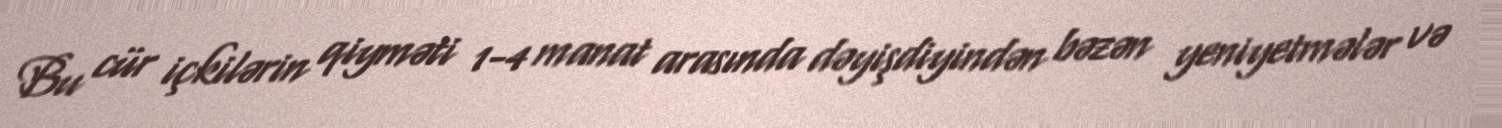
Bu cür içkilərin qiyməti 1-4 manat arasında dəyişdiyindən bəzən yeniyetmələr və